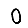
Digit: 0